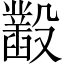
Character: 𣫞